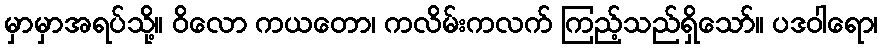
မှာမှာအရပ်သို့။ ဝိလော ကယတော၊ ကလိမ်းကလက် ကြည့်သည်ရှိသော်။ ပဒဝါရော၊